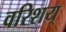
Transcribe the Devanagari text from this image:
वरिशय्